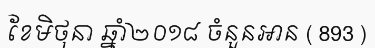
ខែមិថុនា ឆ្នាំ២០១៨ ចំនួនអាន ( 893 )